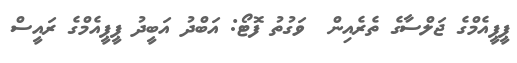
ޕީޕީއެމްގެ ޖަލްސާގެ ތެރެއިން  ވަގުތު ފޮޓޯ: އަބްދު އަބީދު ޕީޕީއެމްގެ ރައީސް